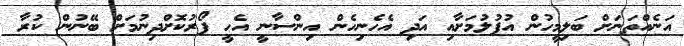
އަނެއްތަނަށް ބަލިމީހުން އުފުލުމަށާއި އަދި އެހެނިހެން އިންސާނީ އެހީ ފޯރުކޮށްދިނުމަށް ބޭނުން ކުރާ